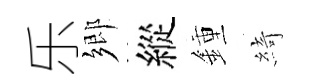
乐鄉縱鍾綺